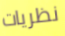
نظريات